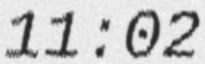
11:02